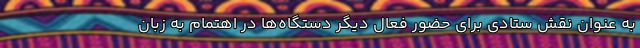
به عنوان نقش ستادی برای حضور فعال دیگر دستگاه‌ها در اهتمام به زبان